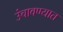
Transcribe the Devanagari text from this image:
उंचावण्यात